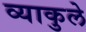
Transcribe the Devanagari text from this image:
व्याकुले